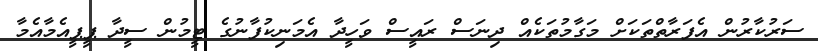
ސަރުކާރުން އެފަރާތްތަކަށް މަގާމުތަކެއް ދިނަސް ރައީސް ވަހީދާ އެމަނިކުފާނުގެ ޓީމުން ސީދާ ޕީޕީއެމާއެމާ